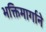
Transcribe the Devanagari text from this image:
भक्तिमार्गाने